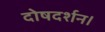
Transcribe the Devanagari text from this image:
दोषदर्शन।